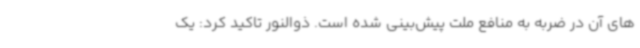
های آن در ضربه به منافع ملت پیش‌بینی شده است. ذوالنور تاکید کرد: یک